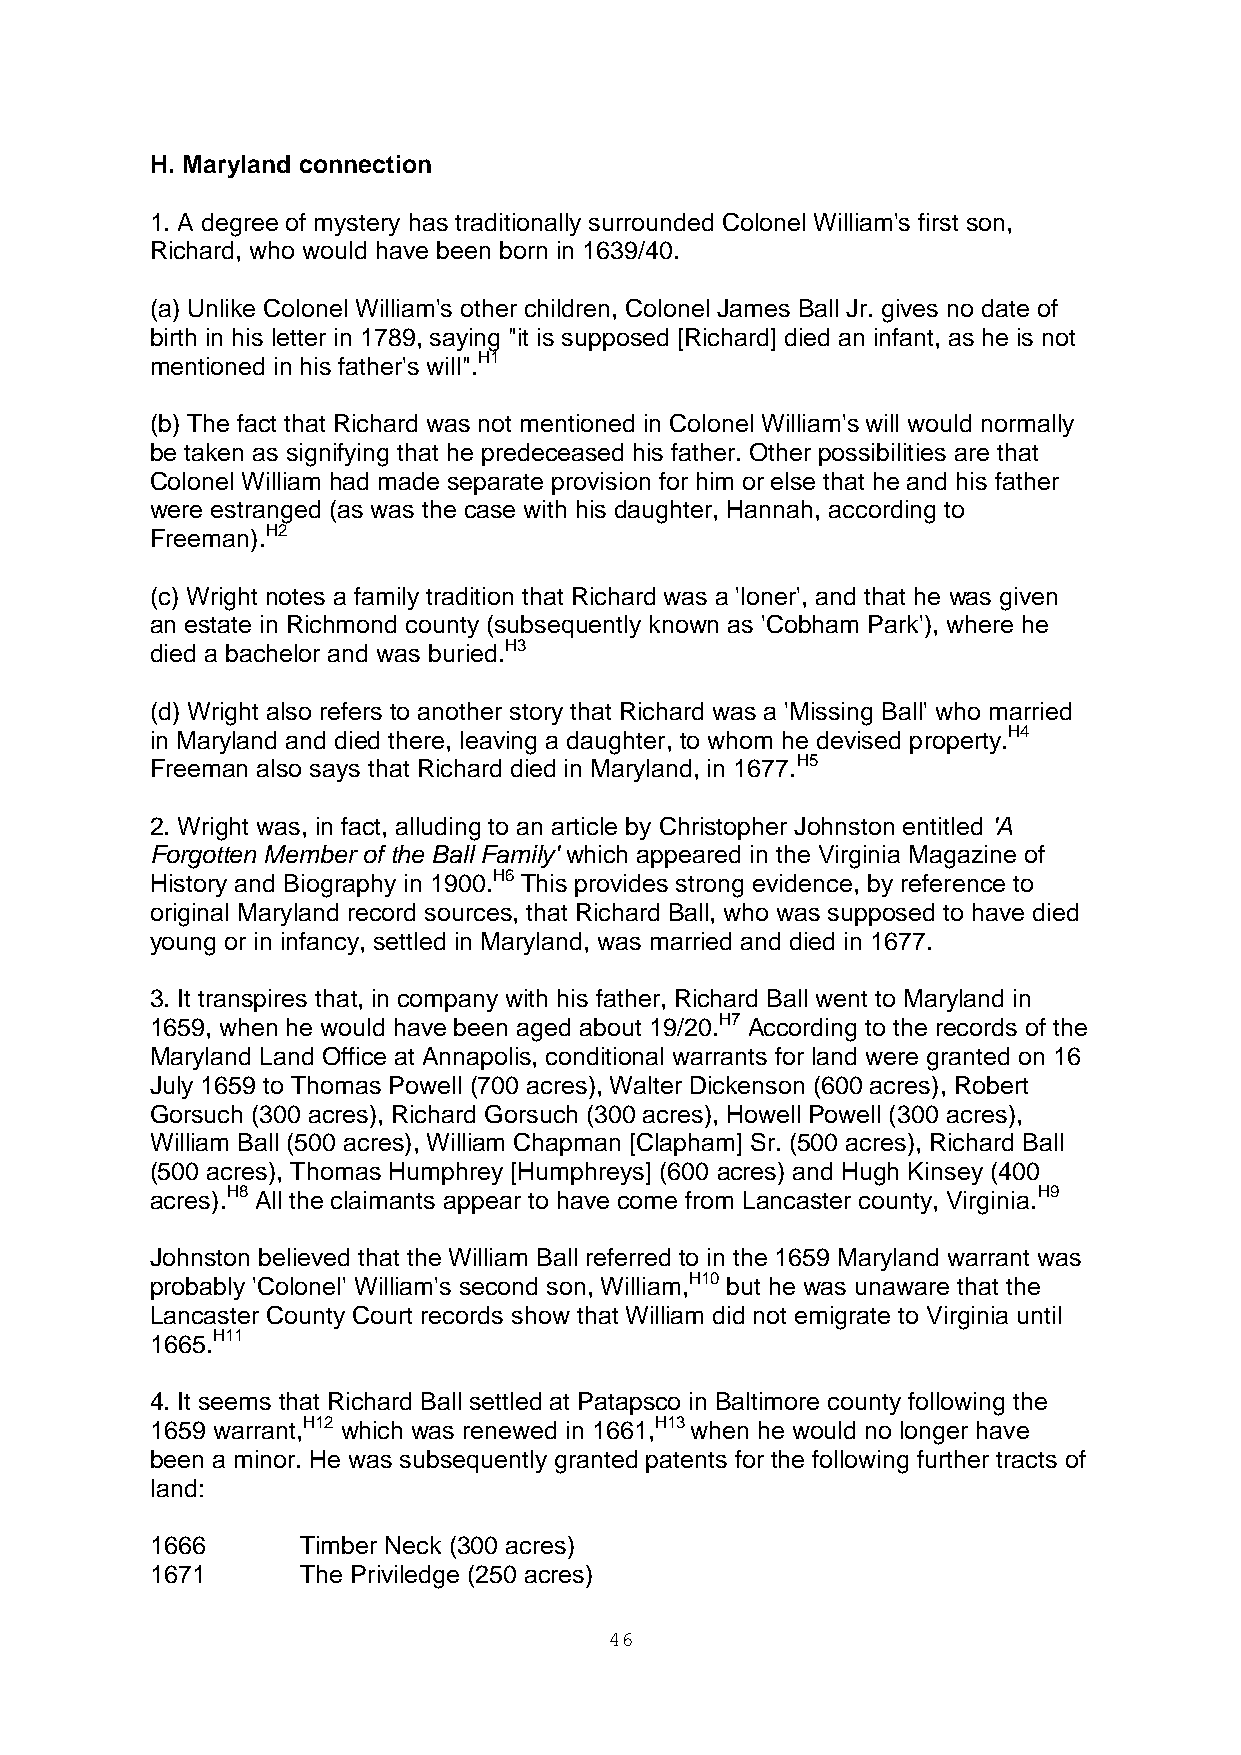
H. Maryland connection
 1. A degree of mystery has traditionally surrounded Colonel William's first son,
 Richard, who would have been born in 1639/40.
 (a) Unlike Colonel William's other children, Colonel James Ball Jr. gives no date of
 birth in his letter in 1789, saying "it is supposed [Richard] died an infant, as he is not
 mentioned in his father's will".H1
 (b) The fact that Richard was not mentioned in Colonel William's will would normally
 be taken as signifying that he predeceased his father. Other possibilities are that
 Colonel William had made separate provision for him or else that he and his father
 were estranged (as was the case with his daughter, Hannah, according to
 Freeman).H2
 (c) Wright notes a family tradition that Richard was a 'loner', and that he was given
 an estate in Richmond county (subsequently known as 'Cobham Park'), where he
 died a bachelor and was buried.H3
 (d) Wright also refers to another story that Richard was a 'Missing Ball' who married
 in Maryland and died there, leaving a daughter, to whom he devised property.H4
 Freeman also says that Richard died in Maryland, in 1677.H5
 2. Wright was, in fact, alluding to an article by Christopher Johnston entitled 'A
 Forgotten Member of the Ball Family' which appeared in the Virginia Magazine of
 History and Biography in 1900.H6 This provides strong evidence, by reference to
 original Maryland record sources, that Richard Ball, who was supposed to have died
 young or in infancy, settled in Maryland, was married and died in 1677.
 3. It transpires that, in company with his father, Richard Ball went to Maryland in
 1659, when he would have been aged about 19/20.H7 According to the records of the
 Maryland Land Office at Annapolis, conditional warrants for land were granted on 16
 July 1659 to Thomas Powell (700 acres), Walter Dickenson (600 acres), Robert
 Gorsuch (300 acres), Richard Gorsuch (300 acres), Howell Powell (300 acres),
 William Ball (500 acres), William Chapman [Clapham] Sr. (500 acres), Richard Ball
 (500 acres), Thomas Humphrey [Humphreys] (600 acres) and Hugh Kinsey (400
 acres).H8 All the claimants appear to have come from Lancaster county, Virginia.H9
 Johnston believed that the William Ball referred to in the 1659 Maryland warrant was
 probably 'Colonel' William's second son, William,H10 but he was unaware that the
 Lancaster County Court records show that William did not emigrate to Virginia until
 1665.H11
 4. It seems that Richard Ball settled at Patapsco in Baltimore county following the
 1659 warrant,H12 which was renewed in 1661,H13 when he would no longer have
 been a minor. He was subsequently granted patents for the following further tracts of
 land:
 1666      Timber Neck (300 acres)
 1671      The Priviledge (250 acres)
 46